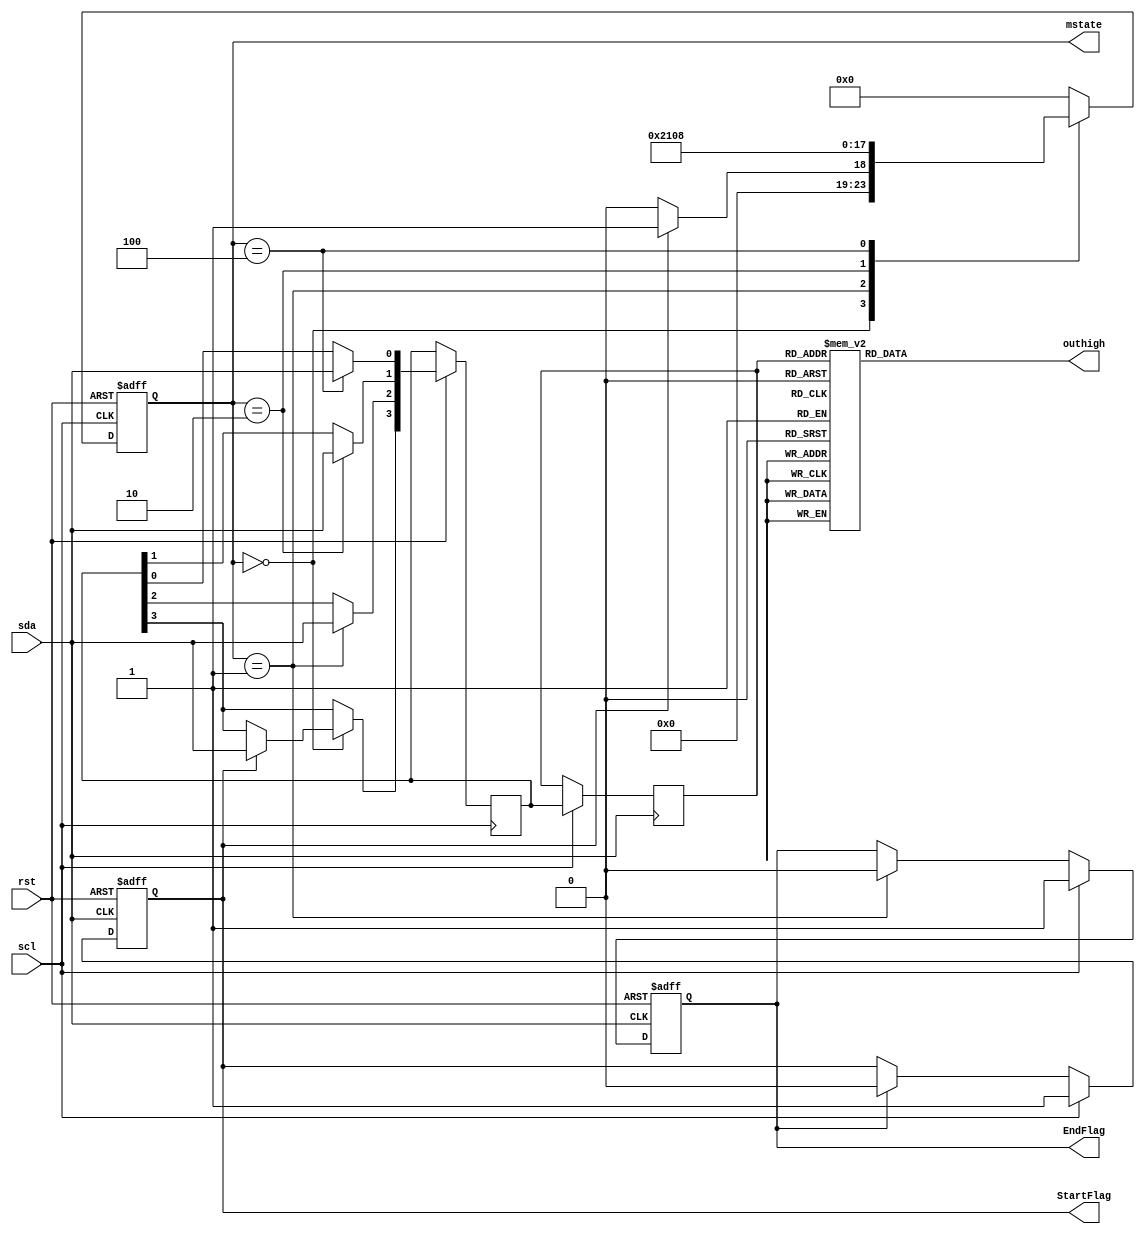
module M2(
input scl,sda,rst,
output [15 : 0] outhigh,
output [5 : 0] mstate,
output StartFlag,
output EndFlag
);
reg [3 : 0] pdata;
reg [3 : 0] pdatabuf;
reg StartFlag,EndFlag;
reg [5 : 0] mstate;
reg [15 : 0] outhigh;
parameter ready = 6'b00_0000,
           sbit0 = 6'b00_0001,
           sbit1 = 6'b00_0010,
           sbit2 = 6'b00_0100,
           sbit3 = 6'b00_1000;
          // sbit4 = 6'b10_0000;
           
/*always@(negedge sda or posedge scl)
  if(mstate == sbit0)
    StartFlag <= 0;
  else if (scl)
    StartFlag <= 1;*/
    
always@(negedge sda or negedge rst)
  begin
    if(!rst)
      StartFlag <= 0;
    else if(scl)
      begin
        StartFlag <= 1;
      end
   else if(EndFlag)
     StartFlag <= 0;
   end
      
always@(posedge sda or negedge rst)
  if(!rst)
    EndFlag <= 0;
  else if(scl) begin
    EndFlag <= 1;
    //pdatabuf <= pdata;
  end else if(mstate == sbit0)
    EndFlag <= 0;

always@(posedge sda)
  if(scl)
    pdatabuf <= pdata;

always@(pdatabuf)
  case(pdatabuf)
    4'b0000 : outhigh = 16'b0000_0000_0000_0001;
    4'b0001 : outhigh = 16'b0000_0000_0000_0010;
    4'b0010 : outhigh = 16'b0000_0000_0000_0100;
    4'b0011 : outhigh = 16'b0000_0000_0000_1000;
    4'b0100 : outhigh = 16'b0000_0000_0001_0000;
    4'b0101 : outhigh = 16'b0000_0000_0010_0000;
    4'b0110 : outhigh = 16'b0000_0000_0100_0000;
    4'b0111 : outhigh = 16'b0000_0000_1000_0000;
    4'b1000 : outhigh = 16'b0000_0001_0000_0000;
    4'b1001 : outhigh = 16'b0000_0010_0000_0000;
    4'b1010 : outhigh = 16'b0000_0100_0000_0000;
    4'b1011 : outhigh = 16'b0000_1000_0000_0000;
    4'b1100 : outhigh = 16'b0001_0000_0000_0000;
    4'b1101 : outhigh = 16'b0010_0000_0000_0000;
    4'b1110 : outhigh = 16'b0100_0000_0000_0000;
    4'b1111 : outhigh = 16'b1000_0000_0000_0000; 
    default : outhigh = 16'bx;
  endcase
  
always@(posedge scl or negedge rst)
  if(!rst)
    mstate <= ready;
  else  
      case(mstate)                
        ready : if(StartFlag)     
                begin             
                  mstate <= sbit0;
                  pdata[3] <= sda;
                end else          
                  mstate <= ready;  
        sbit0 : begin             
                  mstate <= sbit1;
                  pdata[2] <= sda;
                end               
        sbit1 : begin             
                  mstate <= sbit2;
                  pdata[1] <= sda;
                end               
        sbit2 : begin             
                  mstate <= sbit3;
                  pdata[0] <= sda;
                end               
        sbit3 : begin             
                  mstate <= ready;
                end               
        default : mstate <= ready;
      endcase
    

endmodule